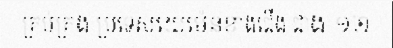
គ្រប់គ្រង ប្រទេសយេម៉េនខាងជើង ជាង ១២